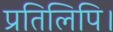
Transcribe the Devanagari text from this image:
प्रतिलिपि।